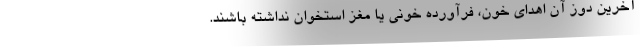
آخرین دوز آن اهدای خون، فرآورده خونی یا مغز استخوان نداشته باشند.